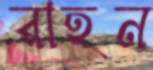
রাহন